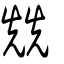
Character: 兟